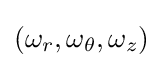
(\omega _{r},\omega _{\theta },\omega _{z})